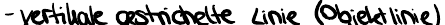
- vertikale gestrichelte Linie (Objektlinie)